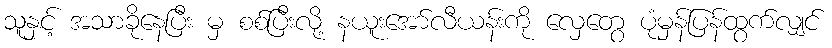
သူနှင့် အသာခိုနေပြီး မှ စစ်ပြီးလို့ နယူးအော်လီယန်းကို လှေတွေ ပုံမှန်ပြန်ထွက်လျှင်